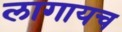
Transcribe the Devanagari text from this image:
लागायच